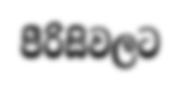
පීරිසිවලට